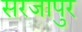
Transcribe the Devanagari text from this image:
सरजापुर